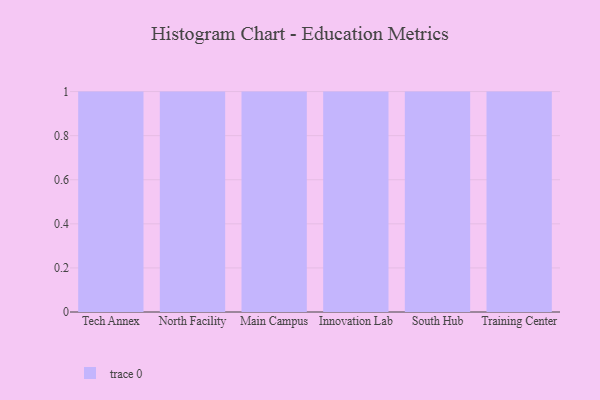
{"axis": {"x": "Campus", "y": "Active Users"}, "legend": [""], "data": [{"x": "Tech Annex", "y": 97, "type": ""}, {"x": "North Facility", "y": 50, "type": ""}, {"x": "Main Campus", "y": 42, "type": ""}, {"x": "Innovation Lab", "y": 30, "type": ""}, {"x": "South Hub", "y": 49, "type": ""}, {"x": "Training Center", "y": 93, "type": ""}]}